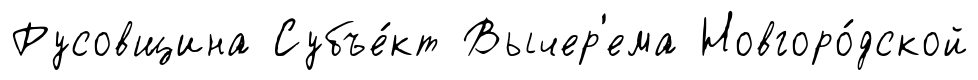
Русовщина Субъе́кт Вычер'ема Новгоро́дской